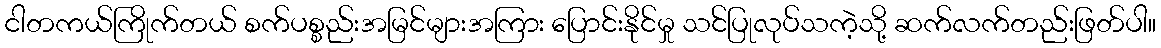
ငါတကယ်ကြိုက်တယ် စက်ပစ္စည်းအမြင်များအကြား ပြောင်းနိုင်မှု သင်ပြုလုပ်သကဲ့သို့ ဆက်လက်တည်းဖြတ်ပါ။